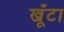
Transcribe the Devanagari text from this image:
खूँटा